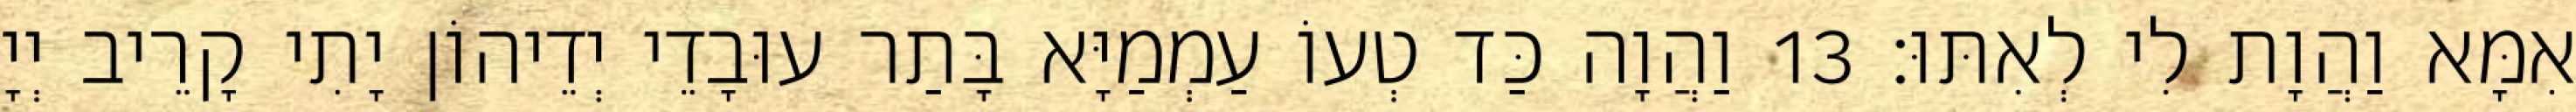
אִמָּא וַהֲוָת לִי לְאִתּוּ׃ 13 וַהֲוָה כַּד טְעוֹ עַמְמַיָּא בָּתַר עוּבָדֵי יְדֵיהוֹן יָתִי קָרֵיב יְיָ